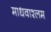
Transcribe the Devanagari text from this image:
माधवाश्लम